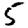
Digit: 5